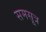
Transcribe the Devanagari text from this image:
समसूत्र